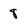
Character: 8